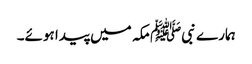
ہمارے نبیﷺ مکہ میں پیدا ہوئے۔